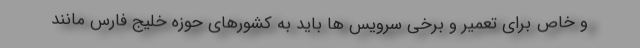
و خاص برای تعمیر و برخی سرویس ها باید به کشورهای حوزه خلیج فارس مانند